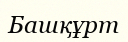
Башқұрт